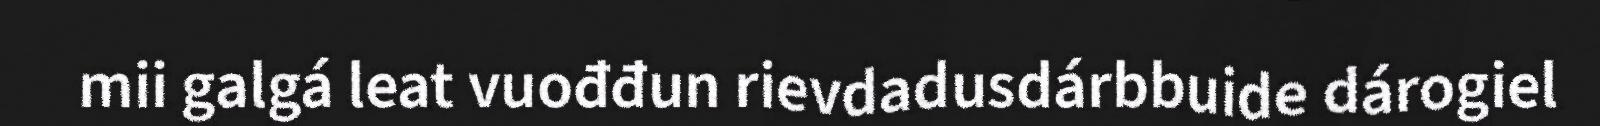
mii galgá leat vuođđun rievdadusdárbbuide dárogiel